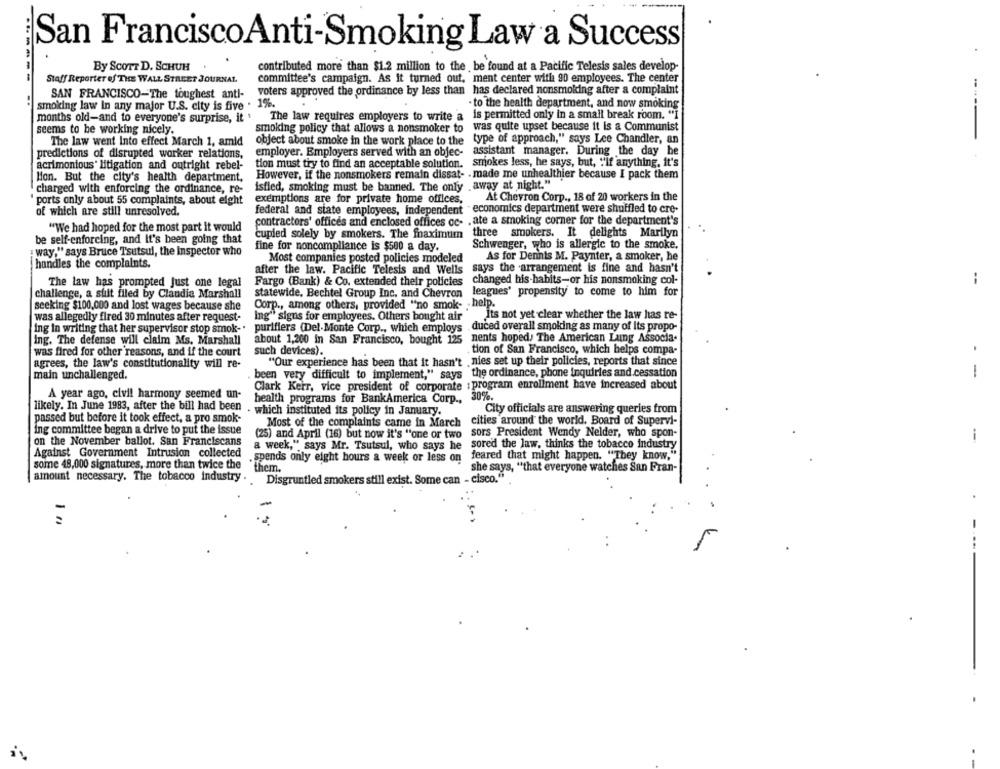
San FranciscoAnti-Smoking Law a Success
By SCOTT D. SCHUH
contributed more than $1.2 million to the be found at a Pacific Telesis sales develop-
-------
Staff Reporter of THE WALL STREET JOURNAL
committee's campaign. As it turned out, ment center with 90 employees. The center
voters approved the ordinance by less than has declared nonsmolding after a complaint
SAN FRANCISCO-The toughest anti-
smoking law In any major U.S. city is five . 1%.
to the health department, and now smoking
The law requires employers to write a is permitted only in a small break room. "I
months old-and to everyone's surprise, it
seems to be working nicely.
smoking policy that allows a nonsmoker to
was quite upset because it is a Communist
----
object about smoke in the work place to the
type of approach," says Lee Chandler, an
predictions of disrupted worker relations,
employer. Employers served with an objec- assistant manager. During the day be
tion must try to find an acceptable solution. smokes less, he says, but, "'If anything, it's
acrimonious' litigation and outright rebel-
Mon. But the city's health department,
However, if the nonsmokers remain dissat- - made me unhealthier because I pack them
charged with enforcing the ordinance, re-
isfled, smoking must be banned. The only
ports only about 55 complaints, about eight
exemptions are for private home offices,
At Chevron Corp ., 18 of 20 workers in the
federal and state employees, independent " economics department were shuffled to cre-
of which are still unresolved.
contractors' offices and enclosed offices oc- . ate a smoking corner for the department's
"We had hoped for the most part it would
cupied solely by smokers. The maximum
three smokers. It delights Marilyn
be self-enforcing, and it's been going that
fine for noncompliance is $500 a day.
Schwenger, who is allergic to the smoke.
: way." says Bruce Tsutsul, the Inspector who
Most companies posted policies modeled
As for Dennis M. Paynter, a smoker, he
handles the complaints.
after the law. Pacific Telesis and Wells says the arrangement is fine and hasn't
says the arrangement is fine and hasn't
The law has prompted just one legal
Fargo (Bank) & Co. extended their policies changed his-habits-or his nonsmoking col-
--
leagues' propensity to come to him for
challenge, a shit filed by Claudia Marshall
statewide. Bechtel Group Inc. and Chevron
seeking $100,000 and lost wages because she
Corp ., among others, provided "no smok- . help.
Its not yet clear whether the law has re-
was allegedly fired 30 minutes after request-
Ing" signs for employees. Others bought air
ing In writing that her supervisor stop smok-'
purifiers (Del Monte Corp ., which employs
duced overall smoking as many of Its propo-
nents hoped, The American Laing Associa.
ing. The defense will claim Ms. Marshall
was fired for other reasons, and if the court
such devices).
tion of San Francisco, which helps compa-
.
"Our experience has been that it hasn't , nies set up their policies, reports that since
agrees, the law's constitutionality will re-
main unchallenged.
been very difficult to implement," says the ordinance, phone inquiries and.cessation
-
Clark Kerr, vice president of corporate : program enrollment have increased about
A year ago, civil harmony seemed un-
health programs for BankAmerica Corp ., 30%.
likely. In June 1983, after the bill had been
- which instituted its policy in January.
City officials are answering queries from
passed but before it took effect, a pro smok-
Most of the complaints came in March cities around the world. Board of Supervi-
ing committee began a drive to put the issue
(25) and April (16) but now it's "one or two
sors President Wendy Nelder, who spon-
i
on the November ballot. San Franciscans
a week," says Mr. Tsutsul, who says he
sored the law, thinks the tobacco industry
Against Government Intrusion collected
feared that might happen. "They know,"
.spends only eight hours a week or less on
some 48,000 signatures, more than twice the
"them.
she says, "that everyone watches San Fran-
amount necessary. The tobacco industry .
Disgruntled smokers still exist. Some can - cisco."
1 7
-...
in